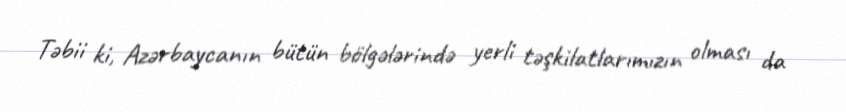
Təbii ki, Azərbaycanın bütün bölgələrində yerli təşkilatlarımızın olması da